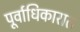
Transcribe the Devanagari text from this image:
पूर्वाधिकारात